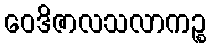
ဝေဒိဇာလသလာကဉ္စ